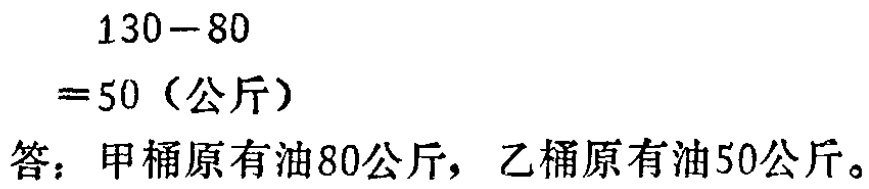
\[

\begin{align*}

&130 - 80\\

=&50 (\text{公斤})

\end{align*}

\]

答：甲桶原有油80公斤，乙桶原有油50公斤。